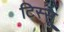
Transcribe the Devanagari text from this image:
टिस्सू